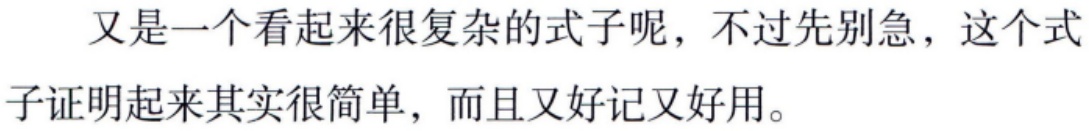
又是一个看起来很复杂的式子呢，不过先别急，这个式子证明起来其实很简单，而且又好记又好用。